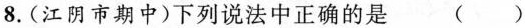
8.(江阴市期中)下列说法中正确的是 ()